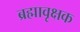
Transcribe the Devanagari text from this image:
ब्रह्मावृक्षक